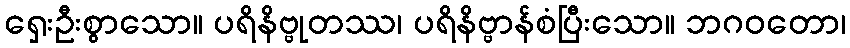
ရှေးဦးစွာသော။ ပရိနိဗ္ဗုတဿ၊ ပရိနိဗ္ဗာန်စံပြီးသော။ ဘဂဝတော၊